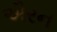
ઐરન